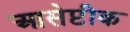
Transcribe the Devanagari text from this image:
आसेप्टीक